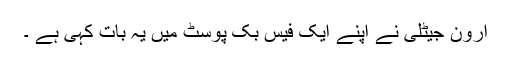
ارون جیٹلی نے اپنے ایک فیس بک پوسٹ میں یہ بات کہی ہے ۔